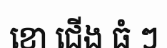
ខោ ជើង ធំ ៗ